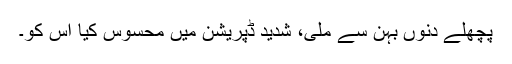
پچھلے دنوں بہن سے ملی، شدید ڈپریشن میں محسوس کیا اس کو۔